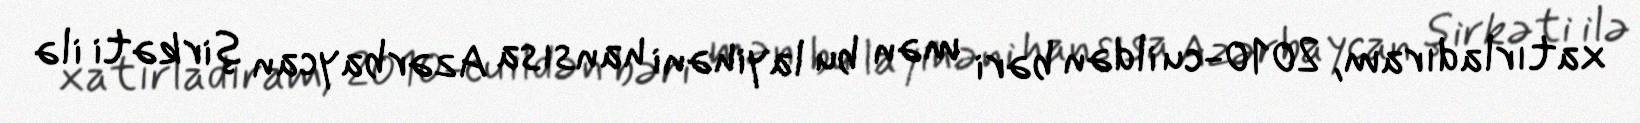
xatırladıram, 2010-cu ildən bəri mən bu layihəni hansısa Azərbaycan şirkəti ilə